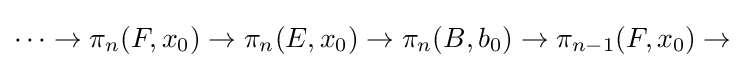
\cdots \rightarrow \pi _{n}(F,x_{0})\rightarrow \pi _{n}(E,x_{0})\rightarrow \pi _{n}(B,b_{0})\rightarrow \pi _{n-1}(F,x_{0})\rightarrow